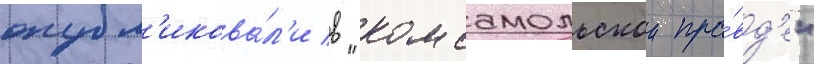
опубл'икова́л'и в "комсомольскои пра́вд'е"